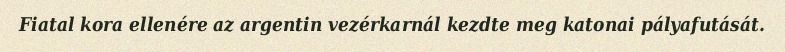
Fiatal kora ellenére az argentin vezérkarnál kezdte meg katonai pályafutását.